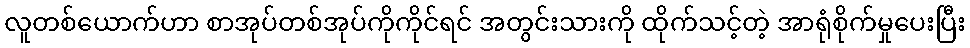
လူတစ်ယောက်ဟာ စာအုပ်တစ်အုပ်ကိုကိုင်ရင် အတွင်းသားကို ထိုက်သင့်တဲ့ အာရုံစိုက်မှုပေးပြီး